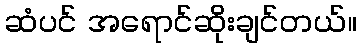
ဆံပင် အရောင်ဆိုးချင်တယ်။